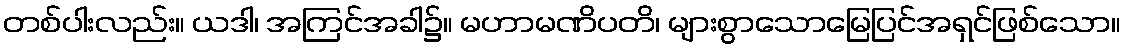
တစ်ပါးလည်း။ ယဒါ၊ အကြင်အခါ၌။ မဟာမဏိပတိ၊ များစွာသောမြေပြင်အရှင်ဖြစ်သော။